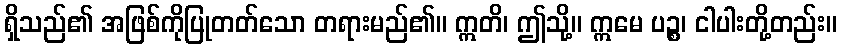
ရှိသည်၏ အဖြစ်ကိုပြုတတ်သော တရားမည်၏။ ဣတိ၊ ဤသို့။ ဣမေ ပဉ္စ၊ ငါပါးတို့တည်း။